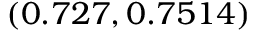
( 0 . 7 2 7 , 0 . 7 5 1 4 )